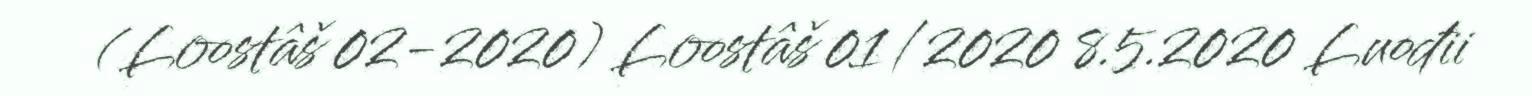
(Loostâš 02-2020) Loostâš 01/2020 8.5.2020 Luođii